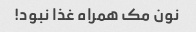
نون مک همراه غذا نبود!